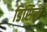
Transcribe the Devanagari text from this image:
डिसिज